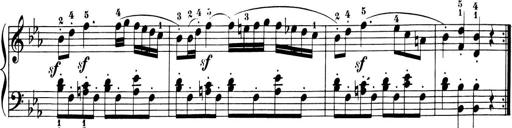
Title: 6 Piano Sonatinas
Composer: Cornelius Gurlitt